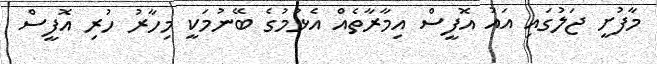
މާފުށީ ޖަލުގައި އައު އޮފީސް އިމާރާތެއް އެޅުމުގެ ބޭނުމަކީ މިހާރު ހުރި އޮފީސް